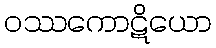
ဝဿကောဋိယော